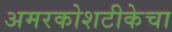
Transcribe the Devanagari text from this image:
अमरकोशटीकेचा